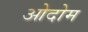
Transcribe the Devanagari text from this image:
ओदोम